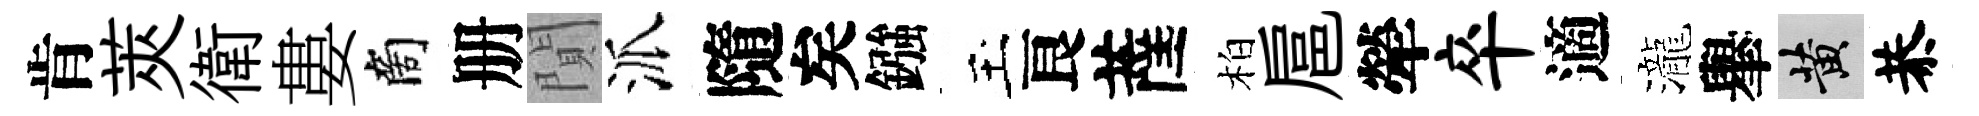
肯莢衛婁商册閴派隨矣鏹玉良薩柏扈犖卒適瀧𦦙黄恭